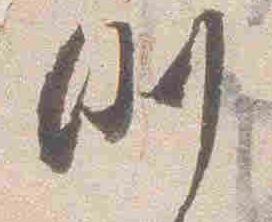
例